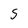
Character: 5